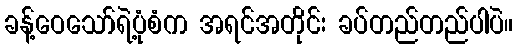
ခန့်ဝေသော်ရဲ့ပုံစံက အရင်အတိုင်း ခပ်တည်တည်ပါပဲ။